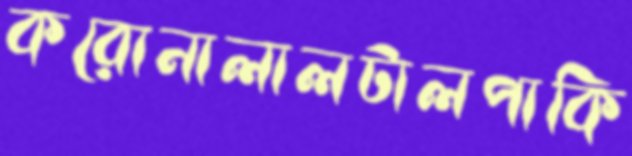
করোনালালটালপাকি